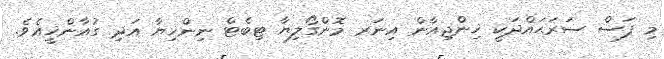
މި ފަސް ސަރަޙައްދަކީ ޚިންޖިއާން އިނަރ މޮންގޯލިޔާ ޓިބެޓް ނިންޚިޔާ އަދި ގުއާންޚީއެވެ.